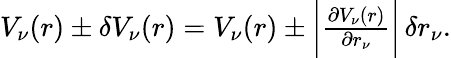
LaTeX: \begin{array}{r}{V_{\nu}(r)\pm\delta V_{\nu}(r)=V_{\nu}(r)\pm\bigg|\frac{\partial V_{\nu}(r)}{\partial r_{\nu}}\bigg|\, \delta r_{\nu}.}\end{array}